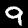
Digit: 9